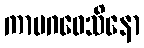
ကာမဂဝေသိနော